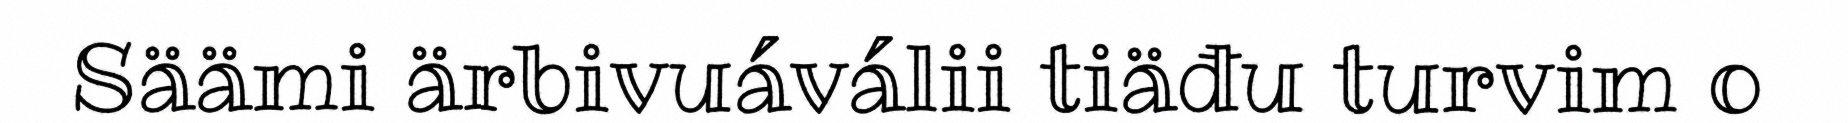
Säämi ärbivuáválii tiäđu turvim o